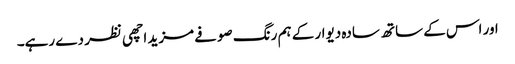
اور اس کے ساتھ سادہ دیوار کے ہم رنگ صوفے مزید اچھی نظر دے رہے۔